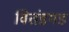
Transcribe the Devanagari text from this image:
वितंडगड